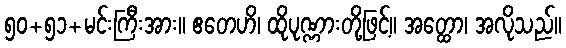
၅၀+၅၁+မင်းကြီးအား။ ဧတေဟိ၊ ထိုပုဏ္ဏားတို့ဖြင့်။ အတ္ထော၊ အလိုသည်။